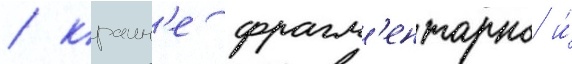
/ краин'е фрагм'ентарно и́